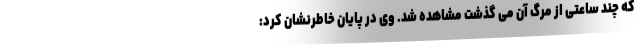
که چند ساعتی از مرگ آن می گذشت مشاهده شد. وی در پایان خاطرنشان کرد: